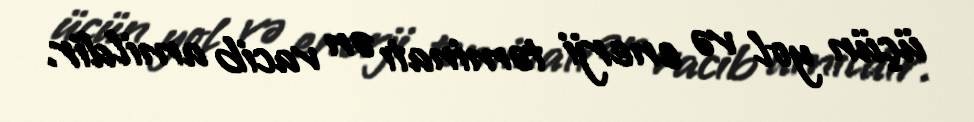
üçün yol və enerji təminatı ən vacib amildir.